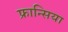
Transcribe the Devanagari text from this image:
फ्रान्सिया